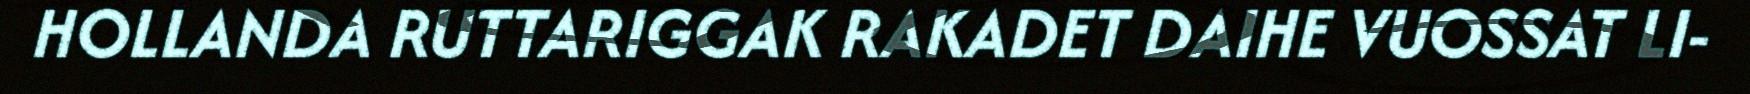
HOLLANDA RUTTARIGGAK RAKADET DAIHE VUOSSAT LI-